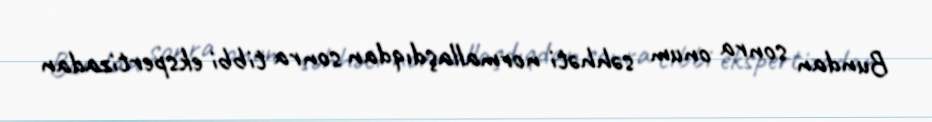
Bundan sonra onum səhhəti normallaşdıqdan sonra tibbi ekspertizadan